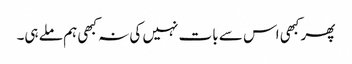
پھر کبھی اس سے بات نہیں کی نہ کبھی ہم ملے ہی۔